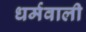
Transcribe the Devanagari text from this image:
धर्मवाली